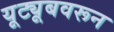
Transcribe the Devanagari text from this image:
यूट्यूबवरून